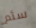
سئم